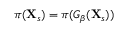
\pi ( \mathbf { X } _ { s } ) = \pi ( G _ { \beta } ( \mathbf { X } _ { s } ) )